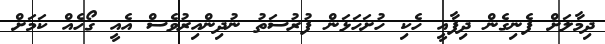
ދިމާލަށް ފެނިގެން ދިފާއީ ހެކި ހުށަހަޅަން ފުރުސަތު ނުދިންއިރުވެސް އެއީ ގޯހެއް ކަމަށް